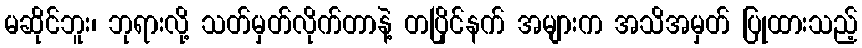
မဆိုင်ဘူး၊ ဘုရားလို့ သတ်မှတ်လိုက်တာနဲ့ တပြိုင်နက် အများက အသိအမှတ် ပြုထားသည့်